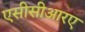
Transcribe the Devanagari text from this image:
एसीसीआरए